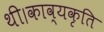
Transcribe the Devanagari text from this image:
थी।काव्यकृति